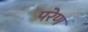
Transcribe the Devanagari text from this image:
परेण